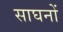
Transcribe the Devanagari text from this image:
साघनों